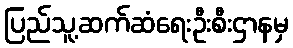
ပြည်သူ့ဆက်ဆံရေးဦးစီးဌာနမှ